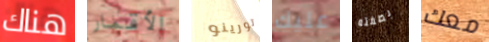
هناك الأقمار تورينو عليك بصفته معك